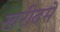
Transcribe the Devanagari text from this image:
खरीदमें